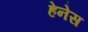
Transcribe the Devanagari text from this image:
हेनेस